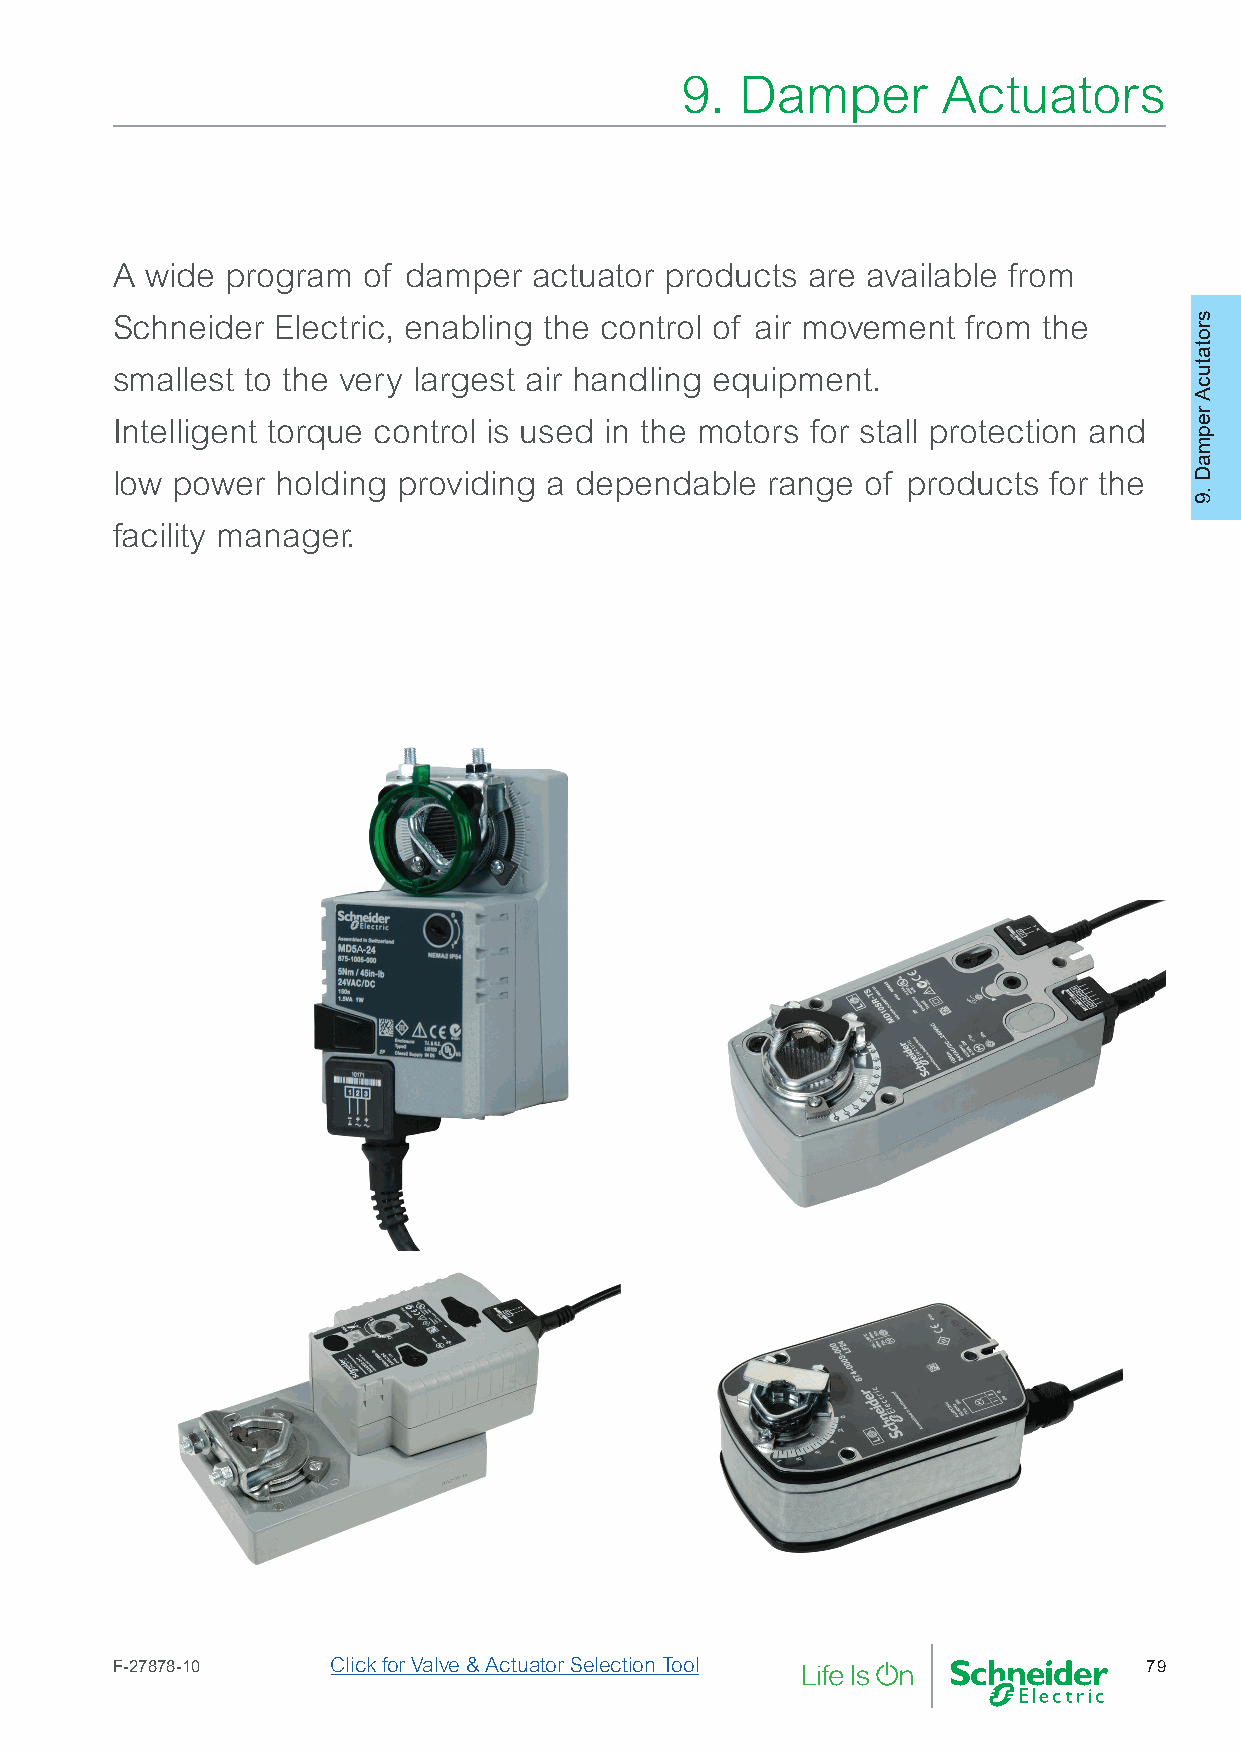
9.  Damper       Actuators
 A  wide program  of damper  actuator products are available from
 Schneider  Electric, enabling the control of air movement from the
 smallest to the very largest air handling equipment.
 Intelligent torque control is used in the motors for stall protection and
 low power  holding providing a dependable   range of products for the
 facility manager.
 F-27878-10     Click for Valve & Actuator Selection Tool             79
 srotatucA
 repmaD
 .9